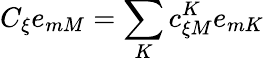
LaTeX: C_{\xi}e_{mM}=\sum_{K}c_{\xi M}^{K}e_{mK}